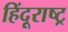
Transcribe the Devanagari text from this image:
हिंदूराष्ट्र